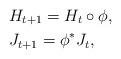
LaTeX: \begin{align*}&H_{t+1}=H_t\circ\phi,\\&J_{t+1}=\phi^\ast J_t,\end{align*}